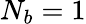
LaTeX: N_{b}=1